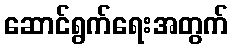
ဆောင်ရွက်ရေးအတွက်